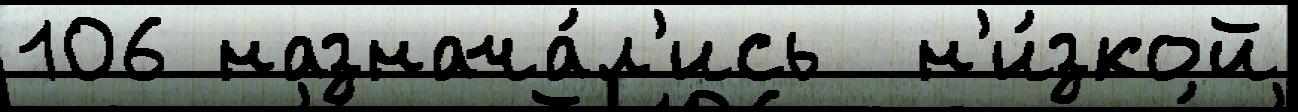
106 назнача́л'ись  н'и́зкой